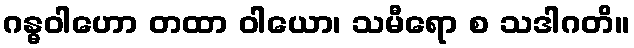
ဂန္ဓဝါဟော တထာ ဝါယော၊ သမီရော စ သဒါဂတိ။